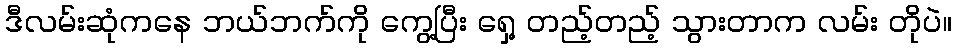
ဒီလမ်းဆုံကနေ ဘယ်ဘက်ကို ကွေ့ပြီး ရှေ့ တည့်တည့် သွားတာက လမ်း တိုပဲ။